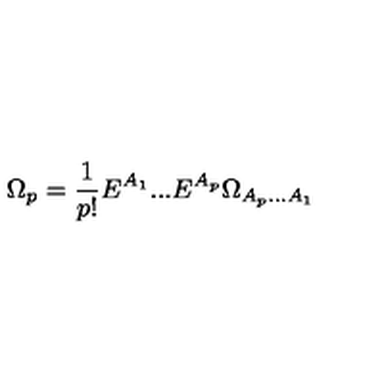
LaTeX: \Omega _ { p } = \frac { 1 } { p ! } E ^ { A _ { 1 } } . . . E ^ { A _ { p } } \Omega _ { { A _ { p } } . . . { A _ { 1 } } }